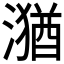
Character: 𱨴